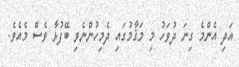
އަދި އެންމެ ގިނަ ދުވަހު މި މަޤާމުގައި ދެމިހުންނެވި ބޭފުޅާ ވެސް މެއެވެ.